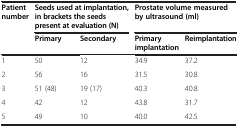
| <ROWSPAN=2> Patient number | <COLSPAN=2> Seeds used at implantation, in brackets the seeds present at evaluation (N) | <COLSPAN=2> Prostate volume measured by ultrasound (ml) |
 | Primary | Secondary | Primary implantation | Reimplantation |
 | --- | --- | --- | --- | --- |
 | 1 | 50 | 12 | 34.9 | 37.2 |
 | 2 | 56 | 16 | 31.5 | 30.8 |
 | 3 | 51 (48) | 19 (17) | 40.3 | 40.8 |
 | 4 | 42 | 12 | 43.8 | 31.7 |
 | 5 | 49 | 10 | 40.0 | 42.5 |